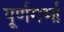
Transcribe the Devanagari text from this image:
पूर्णगर्भा